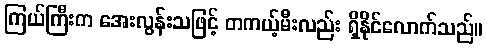
ကြယ်ကြီးက အေးလွန်းသဖြင့် တကယ့်မီးလည်း ရှိနိုင်လောက်သည်။